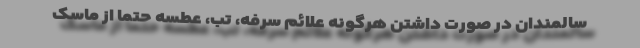
سالمندان در صورت داشتن هرگونه علائم سرفه، تب، عطسه حتماً از ماسک